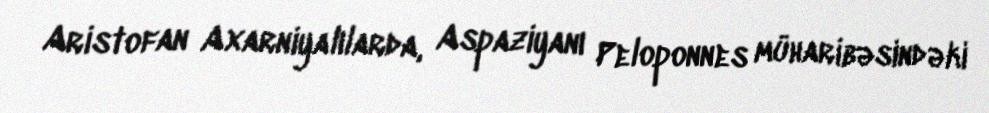
Aristofan Axarniyalılarda, Aspaziyanı Peloponnes müharibəsindəki